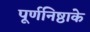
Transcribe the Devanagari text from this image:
पूर्णनिष्ठाके